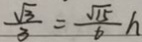
\frac { \sqrt { 3 } } { 3 } = \frac { \sqrt { 1 5 } } { 6 } h